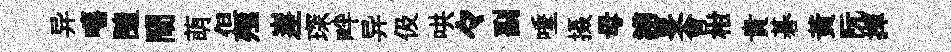
异嘻隨閙萌但殛嵳琛畔异伋哄々副唾摄母謭旻會柑貴碁黄阮揮